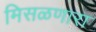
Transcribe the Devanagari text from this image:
मिसळणारा